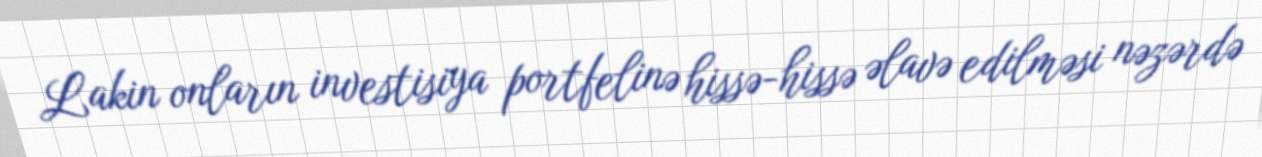
Lakin onların investisiya portfelinə hissə-hissə əlavə edilməsi nəzərdə